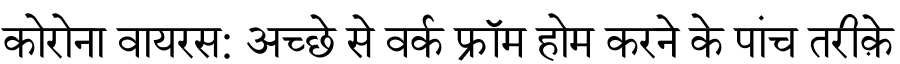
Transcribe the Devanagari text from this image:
कोरोना वायरस: अच्छे से वर्क फ्रॉम होम करने के पांच तरीक़े